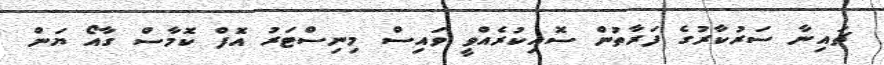
ޗައިނާ ސަރުކާރުގެ ފަރާތުން ސޮއިކުރެއްވީ ވައިސް މިނިސްޓަރު އޮފް ކޮމާސް ގާއޯ ޔަން